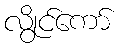
လွိုင်ကော်